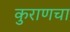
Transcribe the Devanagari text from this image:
कुराणचा